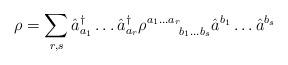
LaTeX: \begin{align*}\rho = \sum_{r,s} \hat{a}^{\dagger}_{a_1} \ldots \hat{a}^{\dagger}_{a_r}\rho^{a_1 \ldots a_r}_{\quad \quad b_1 \ldots b_s} \hat{a}^{b_1} \ldots\hat{a}^{b_s}\end{align*}